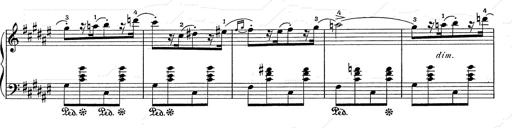
Title: Hungarian Rhapsody No.2
Composer: Franz Liszt
Key: C-sharp minor